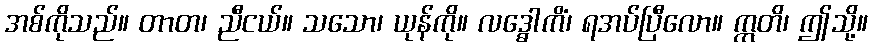
အစ်ကိုသည်။ တာတ၊ ညီငယ်။ သသော၊ ယုန်ကို။ လဒ္ဓေါကိံ၊ ရအပ်ပြီလော။ ဣတိ၊ ဤသို့။